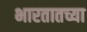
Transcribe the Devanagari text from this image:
भारतातच्या